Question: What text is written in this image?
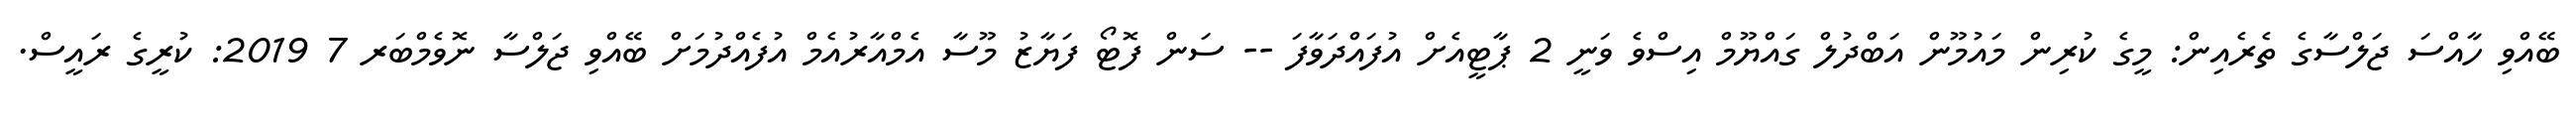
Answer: ބޭއްވި ހާއްސަ ޖަލްސާގެ ތެރެއިން: މީގެ ކުރިން މައުމޫން އަބްދުލް ގައްޔޫމް އިސްވެ ވަނީ 2 ޕާޓީއެށް އުފައްދަވާފަ -- ސަން ފޮޓޯ ފަޔާޒު މޫސާ އެމްއާރުއެމް އުފެއްދުމަށް ބޭއްވި ޖަލްސާ ނޮވެމްބަރ 7 2019: ކުރީގެ ރައީސް.